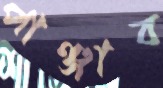
পাঞ্জাব